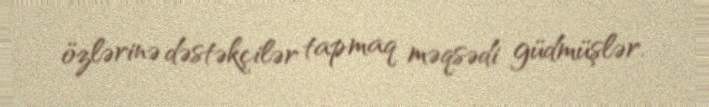
özlərinə dəstəkçilər tapmaq məqsədi güdmüşlər.